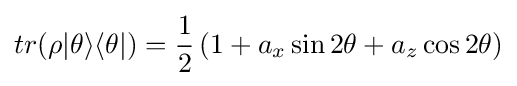
tr(\rho |\theta \rangle \langle \theta |)={\frac {1}{2}}\left(1+a_{x}\sin {2\theta }+a_{z}\cos {2\theta }\right)